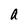
Character: a